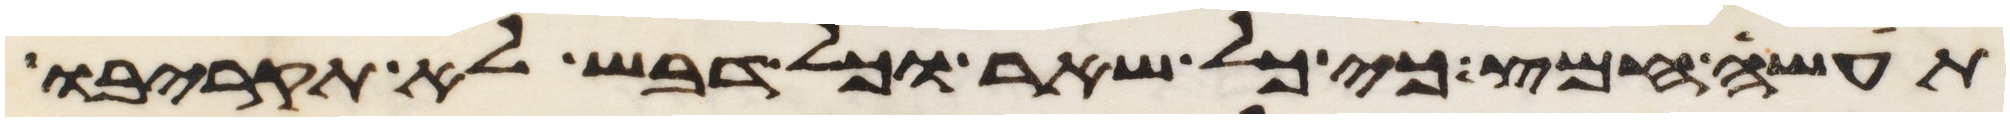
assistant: תעשה חמץ כי כל שאר וכל דבש לא תקריבו